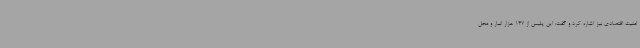
امنیت اقتصادی نیز اشاره کرد و گفت: این پلیس از 147 هزار انبار و محل